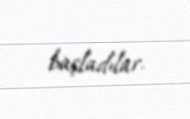
başladılar.